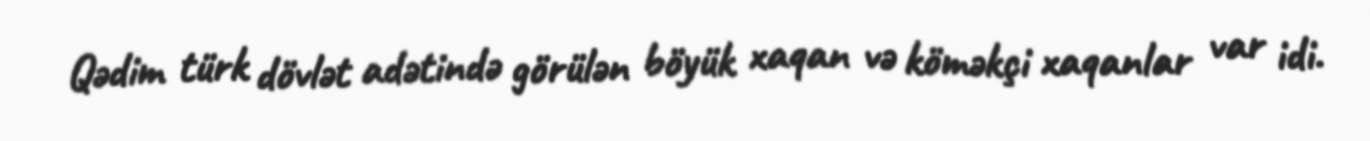
Qədim türk dövlət adətində görülən böyük xaqan və köməkçi xaqanlar var idi.